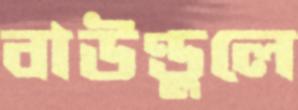
বাউণ্ডুলে